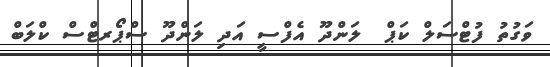
ވަގުތު ފުޓްސަލް ކަޕް  ލަންދޫ އެފްސީ އަދި ލަންދޫ ސްޕޯރޓްސް ކްލަބް